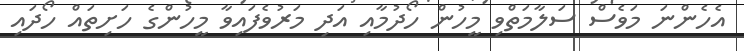
އެހެންނަ މަވެސް ސަލާމަތްވި މީހުން ހޯދުމާއި އަދި މަރުވެފައިވާ މީހުންގެ ހަށިތައް ހޯދައި